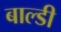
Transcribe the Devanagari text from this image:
बाल्डी